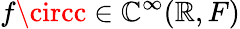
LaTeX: f\circc\in\mathbb{C}^{\infty}(\mathbb{{R}},F)